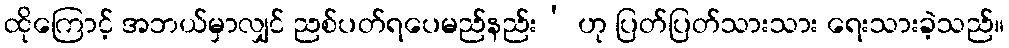
ထိုကြောင့် အဘယ်မှာလျှင် ညစ်ပတ်ရပေမည်နည်း’ ဟု ပြတ်ပြတ်သားသား ရေးသားခဲ့သည်။